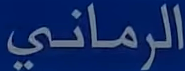
الرمني